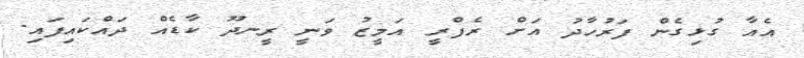
އެއާ ގުޅިގެން ފަރުހާދު އަށް ރެފްރީ އަމީޒު ވަނީ ރީނދޫ ކާޑެއް ދައްކައިފައި.